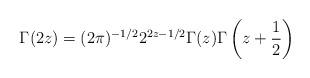
LaTeX: \begin{align*} \Gamma(2z)=(2\pi)^{-1/2}2^{2z-1/2}\Gamma(z)\Gamma\left(z+\frac{1}{2}\right)\end{align*}